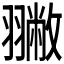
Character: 𦒐